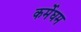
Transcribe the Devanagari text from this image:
कर्मेघम